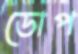
ডোপ